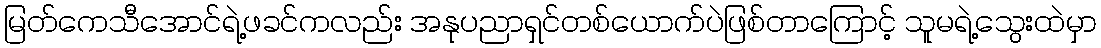
မြတ်ကေသီအောင်ရဲ့ဖခင်ကလည်း အနုပညာရှင်တစ်ယောက်ပဲဖြစ်တာကြောင့် သူမရဲ့သွေးထဲမှာ